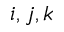
i , j , k